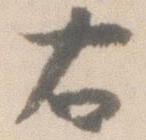
右